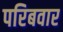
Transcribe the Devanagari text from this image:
परिबवार